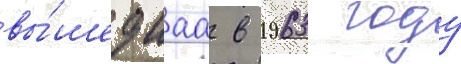
вы́шедшаа в 1963 году